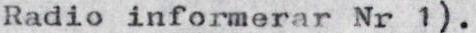
Radio informerar Nr 1).